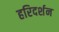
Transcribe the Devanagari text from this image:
हरिदर्शन